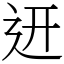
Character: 䢎